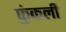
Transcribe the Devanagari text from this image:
फुंकली